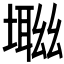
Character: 𡑜